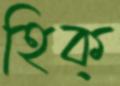
হিক্